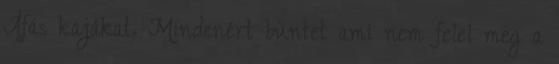
Áfás kajákat. Mindenért büntet ami nem felel meg a